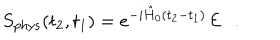
S _ { \mathrm { p h y s } } ( t _ { 2 } , t _ { 1 } ) = e ^ { - i \hat { H } _ { 0 } ( t _ { 2 } - t _ { 1 } ) } \, { \cal E } \ \ \ .